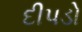
દીપડો